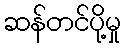
ဆန်တင်ပို့မှု